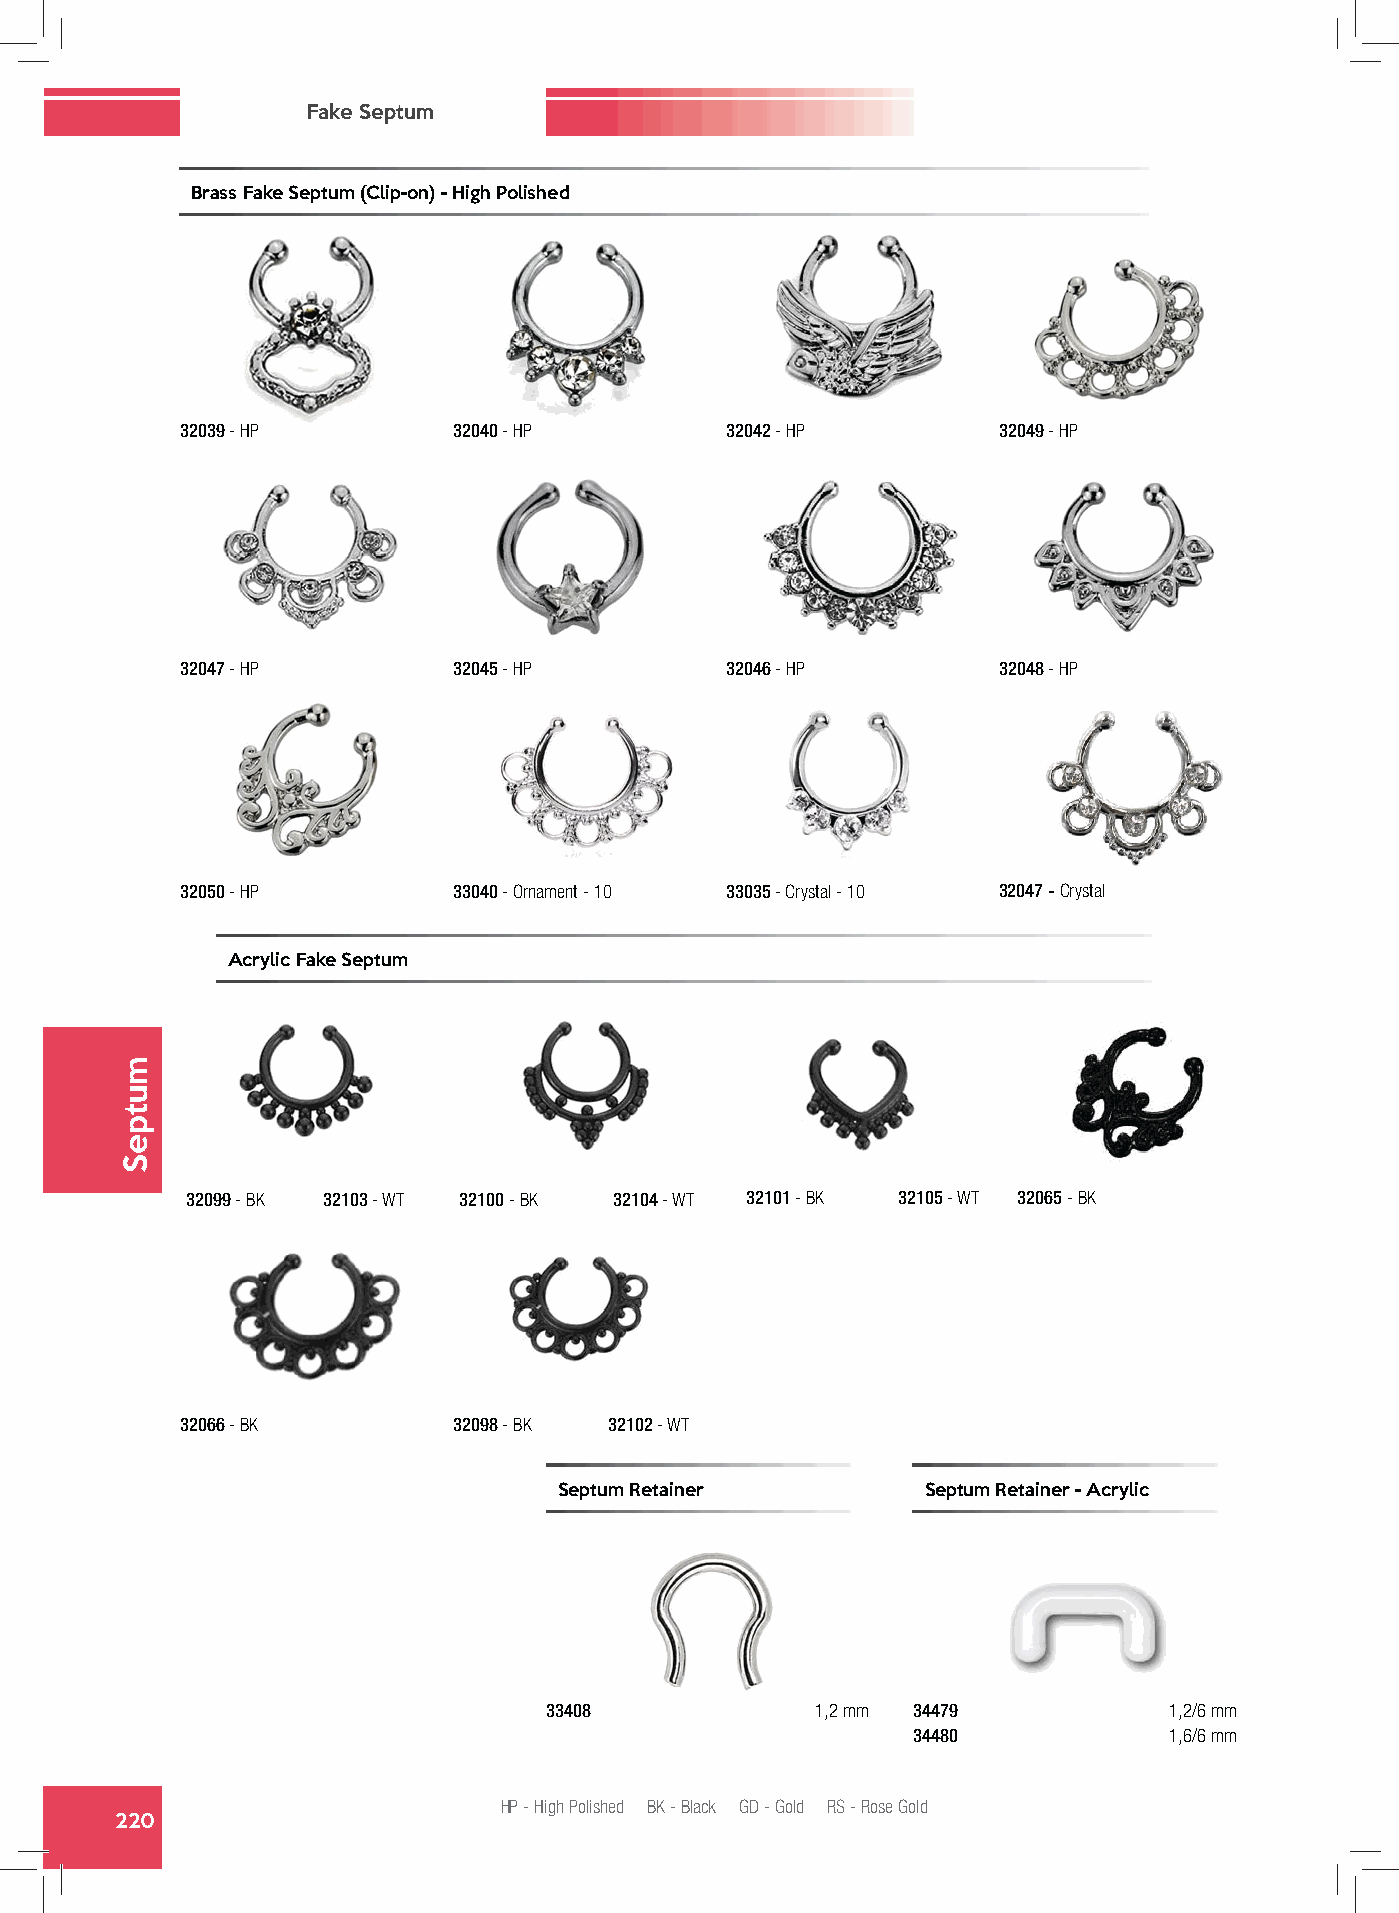
Fake Septum
 Brass Fake Septum (Clip-on) - High Polished
 32039 - HP        32040 - HP        32042 - HP        32049 - HP
 32047 - HP        32045 - HP        32046 - HP        32048 - HP
 32050 - HP        33040 - Ornament - 10 33035 - Crystal - 10 32047 - Crystal
 Acrylic Fake Septum
 32099 - BK 32103 - WT 32100 - BK 32104 - WT 32101 - BK 32105 - WT 32065 - BK
 32066 - BK        32098 - BK 32102 - WT
 Septum Retainer         Septum Retainer - Acrylic
 33408             1,2 mm 34479           1,2/6 mm
 34480            1,6/6 mm
 HP - High Polished BK - Black GD - Gold RS - Rose Gold
 220
 mutpeS